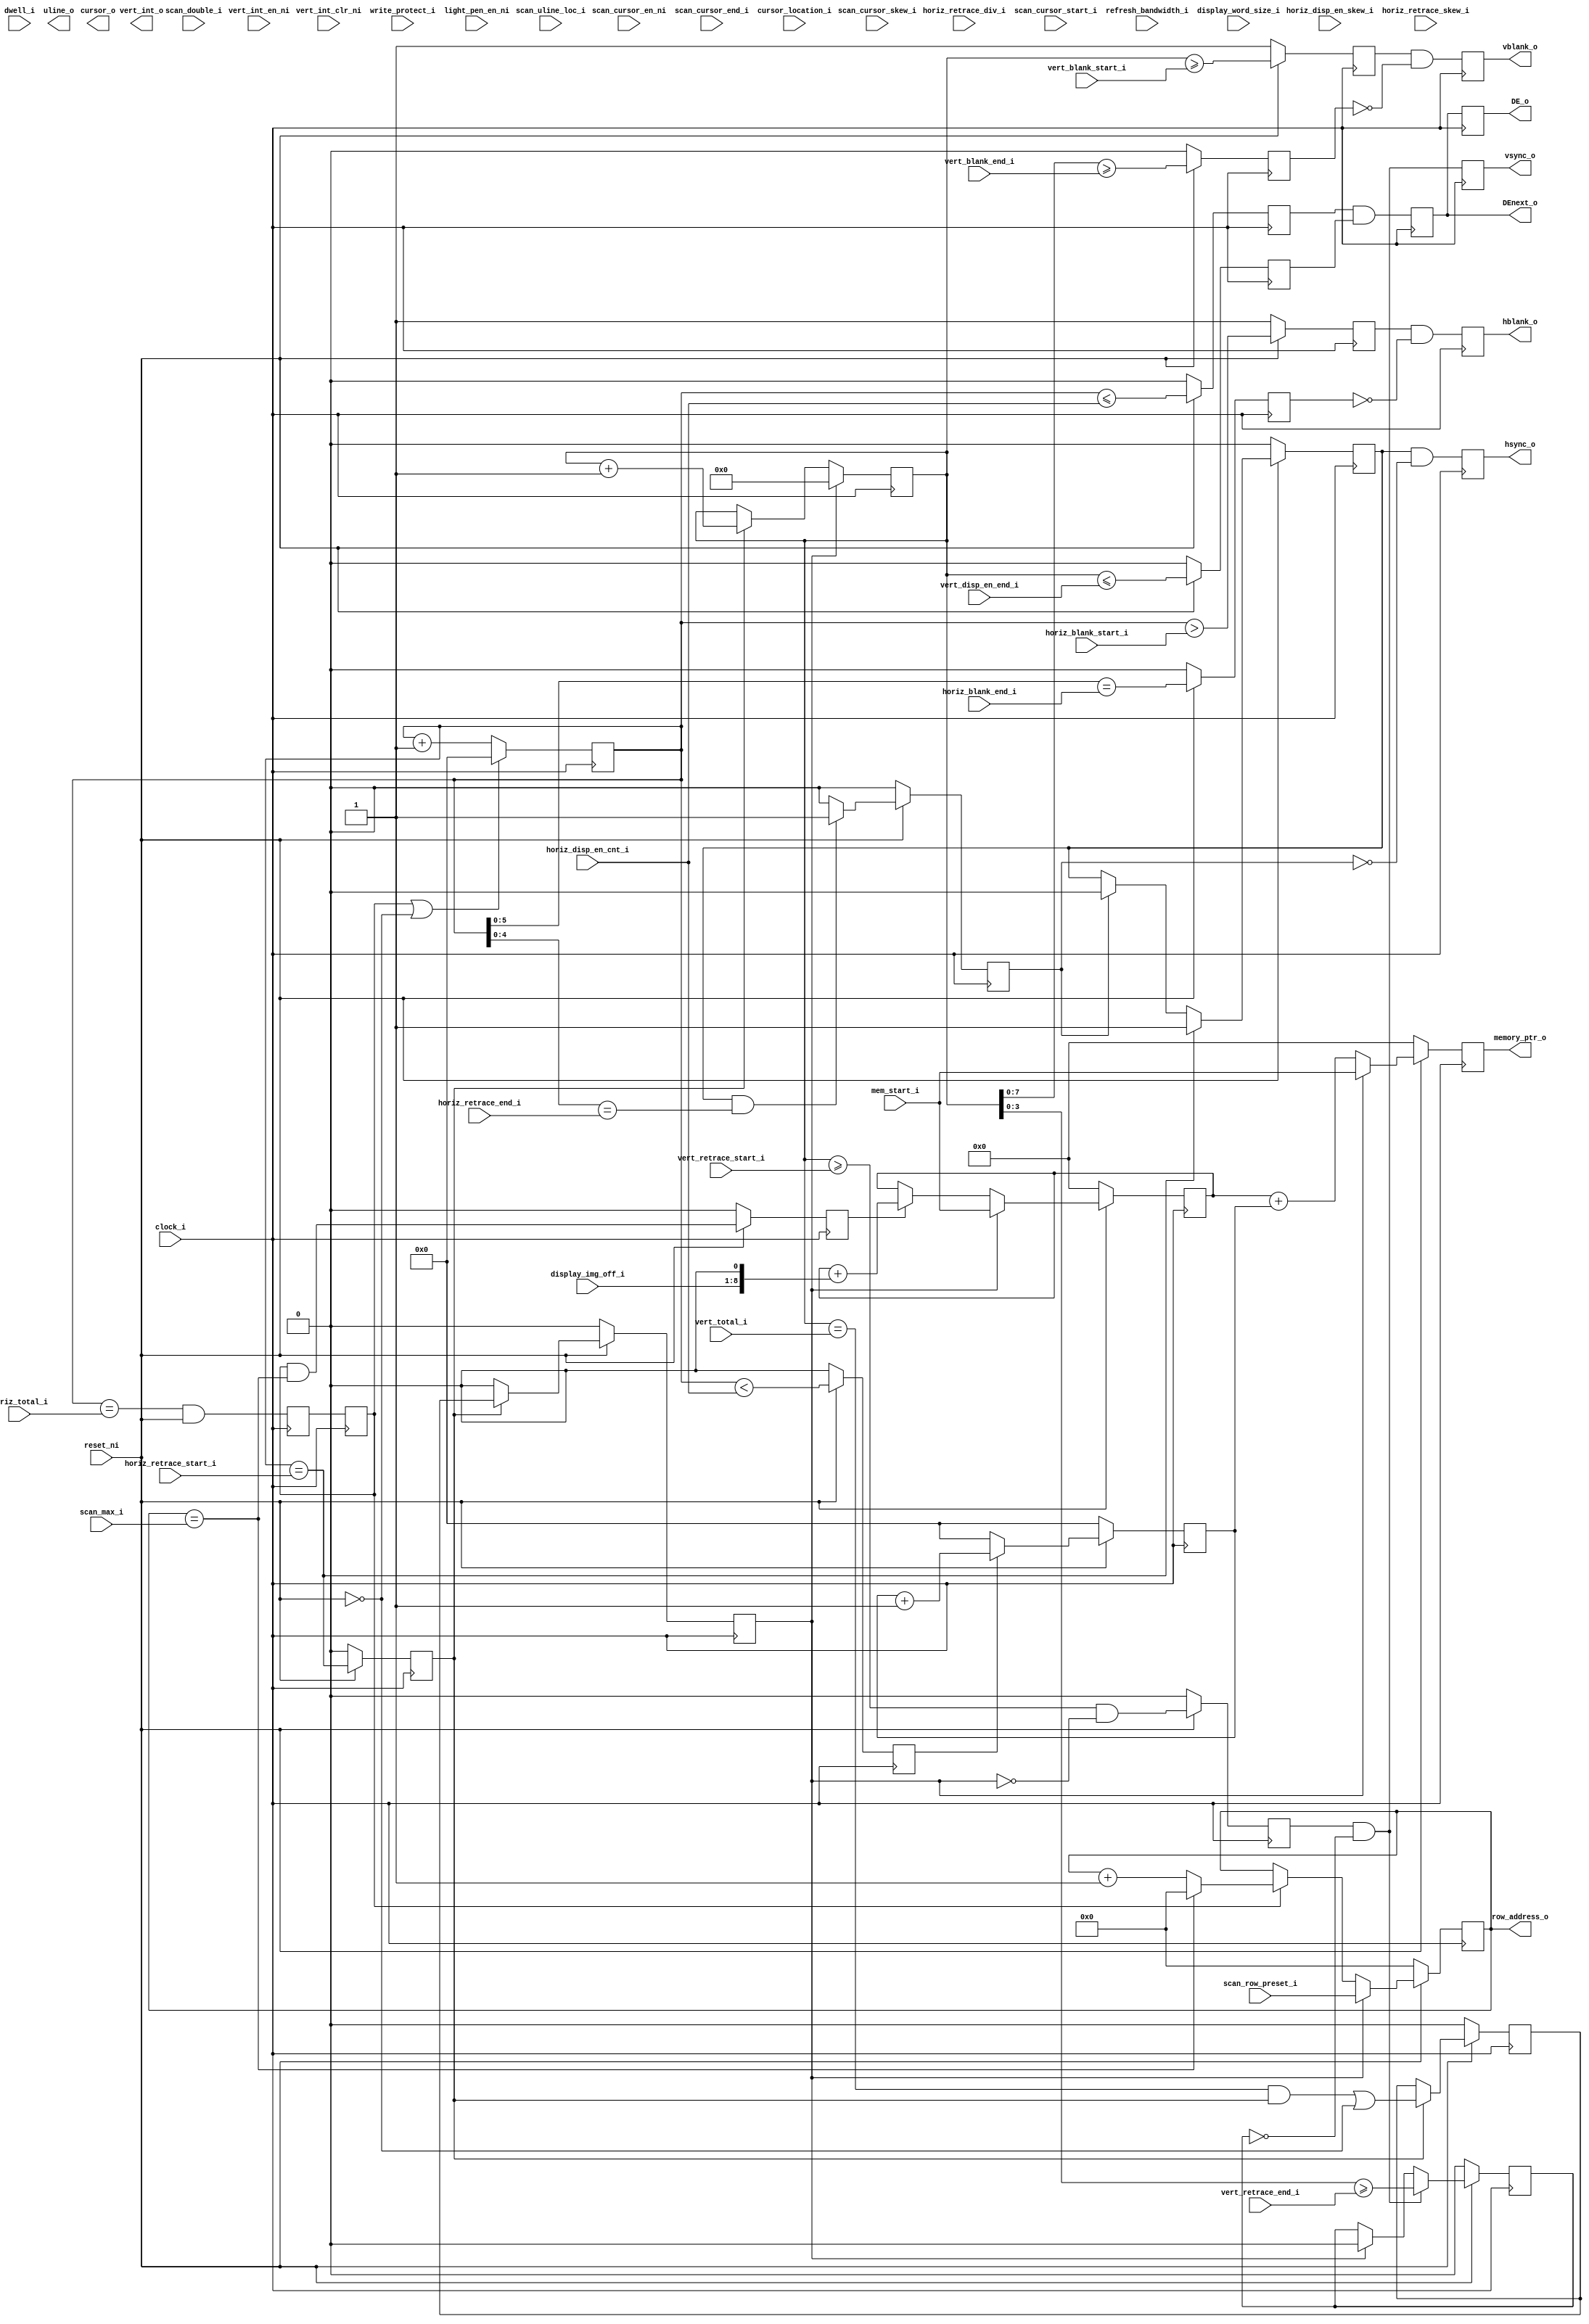
/***************************************************************************
 *                                                                         *
 *   crtc.v - A CRT/LCD controller for a VGA.                              *
 *                                                                         *
 *   Copyright (C) 2007 by Patrick Suggate                                 *
 *   patrick@physics.otago.ac.nz                                           *
 *                                                                         *
 *   This program is free software; you can redistribute it and/or modify  *
 *   it under the terms of the GNU General Public License as published by  *
 *   the Free Software Foundation; either version 2 of the License, or     *
 *   (at your option) any later version.                                   *
 *                                                                         *
 *   This program is distributed in the hope that it will be useful,       *
 *   but WITHOUT ANY WARRANTY; without even the implied warranty of        *
 *   MERCHANTABILITY or FITNESS FOR A PARTICULAR PURPOSE.  See the         *
 *   GNU General Public License for more details.                          *
 *                                                                         *
 *   You should have received a copy of the GNU General Public License     *
 *   along with this program; if not, write to the                         *
 *   Free Software Foundation, Inc.,                                       *
 *   59 Temple Place - Suite 330, Boston, MA  02111-1307, USA.             *
 ***************************************************************************/

`timescale 1ns / 100ps
module crtc (
	clock_i,	// Character clock
	reset_ni,
	
	// CRTC Register values
	// Horizontal redrawing stuff
	horiz_total_i,
	horiz_disp_en_cnt_i,
	horiz_blank_start_i,
	horiz_blank_end_i,
	horiz_disp_en_skew_i,	// TODO
	horiz_retrace_start_i,
	horiz_retrace_end_i,
	horiz_retrace_skew_i,	// TODO
	horiz_retrace_div_i,	// TODO
	
	// Vertical redrawing stuff
	vert_total_i,
	vert_retrace_start_i,
	vert_retrace_end_i,
	vert_disp_en_end_i,
	vert_blank_start_i,
	vert_blank_end_i,
	vert_int_en_ni,		// TODO
	vert_int_clr_ni,	// TODO
	vert_int_o,		// TODO
	
	// Scan-lines within a char. stuff
	scan_row_preset_i,
	scan_max_i,
	scan_double_i,		// TODO
	scan_cursor_en_ni,	// TODO
	scan_cursor_start_i,	// TODO
	scan_cursor_end_i,	// TODO
	scan_cursor_skew_i,	// TODO
	scan_uline_loc_i,	// TODO
	
	// Misc. regs
	mem_start_i,
	cursor_location_i,	// TODO
	refresh_bandwidth_i,
	write_protect_i,	// TODO
	display_word_size_i,	// TODO
	display_img_off_i,	// TODO
	dwell_i,		// TODO
	light_pen_en_ni,	// TODO
	
	hsync_o,
	hblank_o,
	
	vsync_o,
	vblank_o,
	
	DE_o,		// Display enable
	DEnext_o,
	
	cursor_o,
	uline_o,
	
	memory_ptr_o,	// Used for text & graphics modes
	row_address_o		// Used for text-mode
);

input	clock_i;
input	reset_ni;

input	[7:0]	horiz_total_i;	// Actual total is input value + 5

// Controls the display enabling and blanking.
input	[7:0]	horiz_disp_en_cnt_i;
input	[7:0]	horiz_blank_start_i;
input	[5:0]	horiz_blank_end_i;
input	[1:0]	horiz_disp_en_skew_i;	// Number of cycles to delay DE

// Controls the retrace signal.
input	[7:0]	horiz_retrace_start_i;
input	[4:0]	horiz_retrace_end_i;
input	[1:0]	horiz_retrace_skew_i;
input		horiz_retrace_div_i;

input	[9:0]	vert_total_i;	// Actual total is input + 2

// Controls the vertical retrace.
input	[9:0]	vert_retrace_start_i;
input	[3:0]	vert_retrace_end_i;	// Lower 4-bits only

input	[9:0]	vert_disp_en_end_i;

input	[9:0]	vert_blank_start_i;
input	[7:0]	vert_blank_end_i;

input		vert_int_en_ni;
input		vert_int_clr_ni;
output		vert_int_o;

// Scan line stuff. Upto 32 scan lines per character.
input	[4:0]	scan_row_preset_i;
input	[4:0]	scan_max_i;
input		scan_double_i;	// Increment counter every two scan lines

// Cursor location within a character cell.
input		scan_cursor_en_ni;
input	[4:0]	scan_cursor_start_i;
input	[4:0]	scan_cursor_end_i;
input	[1:0]	scan_cursor_skew_i;

input	[4:0]	scan_uline_loc_i;


// Miscellaneous stuff.
input	[15:0]	mem_start_i;	// Offset into framebuffer of first pixel
input	[15:0]	cursor_location_i;
input		refresh_bandwidth_i;	// Selects between 3 or 5 refreshes per row
input		write_protect_i;
input	[1:0]	display_word_size_i;	// 1, 2, or 4 bytes / word
input	[7:0]	display_img_off_i;
input	[1:0]	dwell_i;		// Allows same address for upto 4 chars
input	light_pen_en_ni;


// Monitor timing signals
output	hsync_o;
output	hblank_o;

output	vsync_o;
output	vblank_o;

output	DE_o;
output	DEnext_o;

// Text-mode signals
output	cursor_o;
output	uline_o;

// Redraw addressing signals.
output	[15:0]	memory_ptr_o;
output	[4:0]	row_address_o;


// Registered outputs.
reg	hsync_o		= 0;
reg	hblank_o	= 0;

reg	vsync_o		= 0;
reg	vblank_o	= 0;

reg	DE_o		= 0;
reg	DEnext_o	= 0;


// Internal counters.
reg	[7:0]	hcount	= 0;
reg	[9:0]	vcount	= 0;
reg	[4:0]	lcount	= 0;


reg	reset_col	= 0;
reg	reset_row	= 0;

reg	inc_row		= 0;

reg	hdisp_en	= 0;
reg	vdisp_en	= 0;

reg	hblank_st	= 1;
reg	hblank_end	= 0;

reg	vblank_st	= 1;
reg	vblank_end	= 0;

reg	hsync_st	= 0;
reg	hsync_end	= 0;

reg	vsync_st	= 0;
reg	vsync_end	= 0;

reg		inc_col		= 0;
reg		inc_scanline	= 0;
reg	[7:0]	col_counter	= 0;
reg	[4:0]	row_counter	= 0;
reg	[15:0]	row_start	= 0;
reg	[15:0]	memory_ptr_o	= 0;


assign	row_address_o	= row_counter;


// Generate the horizontal redraw signals.
always @(posedge clock_i)
begin
	if (reset_col || !reset_ni)
		hcount	<= 0;
	else
		hcount	<= hcount + 1;
end


reg	[3:0]	reset_col_srl;
always @(posedge clock_i)
begin
	reset_col_srl [0]	<= (hcount == horiz_total_i) & reset_ni;
	reset_col_srl [3:1]	<= reset_col_srl [2:0];
	reset_col		<= reset_col_srl;
end


// Horizontal output display enable (ANDed with the vertical value).
always @(posedge clock_i)
begin
	if (!reset_ni)
		hdisp_en	<= 0;
	else
		hdisp_en	<= (hcount <= horiz_disp_en_cnt_i);
end


// Horizontal blanking
always @(posedge clock_i)
begin
	if (!reset_ni)
	begin
		hblank_st	<= 1;
		hblank_end	<= 0;
	end
	else
	begin
		hblank_st	<= (hcount > horiz_blank_start_i);
		hblank_end	<= (hcount [5:0] == horiz_blank_end_i);	// FIXME
	end
end


// Horizontal retrace (HSync).
// TODO: HSync skew SRL logic.
always @(posedge clock_i)
begin
	if (!reset_ni)
	begin
		hsync_st	<= 0;
		hsync_end	<= 0;
	end
	else
	begin
		if (hcount == horiz_retrace_start_i)
			hsync_st	<= 1;
		else if (hsync_end)
			hsync_st	<= 0;
		
		if (hsync_st && (hcount [4:0] == horiz_retrace_end_i))
			hsync_end	<= 1;
		else
			hsync_end	<= 0;
	end
end


// Vertical redraw signals.
// TODO: Support `horiz_retrace_div_i'.
always @(posedge clock_i)
begin
	if (reset_row)
		vcount	<= 0;
	else if (inc_row)
		vcount	<= vcount + 1;
end


reg	reset_row_dly	= 0;
always @(posedge clock_i)
begin
	if (!reset_ni)
	begin
		reset_row	<= 0;
		reset_row_dly	<= 0;
	end
	else if (inc_row)
	begin
		reset_row_dly	<= ((vcount == vert_total_i) && inc_row) || (!reset_ni);
		reset_row	<= reset_row_dly;
	end
	else
		reset_row	<= 0;
end


always @(posedge clock_i)
begin
	if (!reset_ni)
		inc_row	<= 0;
	else
		inc_row	<= (hcount == horiz_retrace_start_i);
end


always @(posedge clock_i)
begin
	if (!reset_ni)
		vdisp_en	<= 0;
	else
		vdisp_en	<= (vcount <= vert_disp_en_end_i);
end


always @(posedge clock_i)
begin
	if (!reset_ni)
	begin
		vblank_st	<= 1;
		vblank_end	<= 0;
	end
	else
	begin
		vblank_st	<= (vcount >= vert_blank_start_i);
		vblank_end	<= (vcount [7:0] >= vert_blank_end_i);
	end
end


always @(posedge clock_i)
begin
	if (!reset_ni)
	begin
		vsync_st	<= 0;
		vsync_end	<= 0;
	end
	else
	begin
		// FIXME
		vsync_st	<= (vcount >= vert_retrace_start_i) && !reset_row;
		if (vsync_st && !vsync_end)
			vsync_end	<= (vcount [3:0] >= vert_retrace_end_i);
		else if (reset_row)
			vsync_end	<= 0;
	end
end


// Registered outputs.
always @(posedge clock_i)
begin
	// TODO: Allow sync. polarity to be set (0x3c2 wr, 0x3cc rd)
	hsync_o		<= hsync_st && !hsync_end;
	vsync_o		<= vsync_st && !vsync_end;
	
	hblank_o	<= hblank_st && !hblank_end;
	vblank_o	<= vblank_st && !vblank_end;
	
	DEnext_o	<= hdisp_en && vdisp_en;
	DE_o		<= DEnext_o;
end


// Operation principle:
// The CRTC fetches the same row of display information `scan_max_i' minus
// one times. This is because some modes, text esp. but also 320x200 &
// 640x200 use a row of display information more than once. Every time a row
// of information is displayed a counter is increased. Once `scan_max_i' is
// reached, the row address is increased.
always @(posedge clock_i)
begin
	if (!reset_ni)
	begin
		memory_ptr_o	<= 0;
		row_start	<= 0;
		row_counter	<= 0;
		col_counter	<= 0;
		inc_col		<= 0;
		inc_scanline	<= 0;
	end
	else
	begin
		// TODO: DE skew.
		inc_col		<= (hcount < horiz_disp_en_cnt_i);
		inc_scanline	<= (reset_col && (row_counter == scan_max_i));
		
//		if (hcount < horiz_disp_en_cnt_i)
		if (inc_col)
			col_counter	<= col_counter + 1;
		else
			col_counter	<= 0;
		
		if (reset_row)
			row_counter	<= scan_row_preset_i;
		else if (reset_col)
		begin
			if (row_counter == scan_max_i)
				row_counter	<= 0;
			else
				row_counter	<= row_counter + 1;
		end
		
		// TODO: `display_img_off_i' is (bytes/row)/{2,4,8}.
		if (reset_row)
			row_start	<= mem_start_i;
//		else if (reset_col && (row_counter == scan_max_i))
		else if (inc_scanline)
			row_start	<= row_start + {display_img_off_i, 1'b0};
		
		// TODO: How fast does this clock?
		if (reset_row)
			memory_ptr_o	<= mem_start_i;
		else
			memory_ptr_o	<= row_start + col_counter;
		
	end
end


endmodule	// crtc